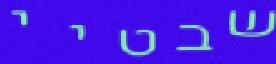
שבטיי